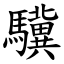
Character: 驥